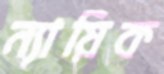
ন্যায়িক